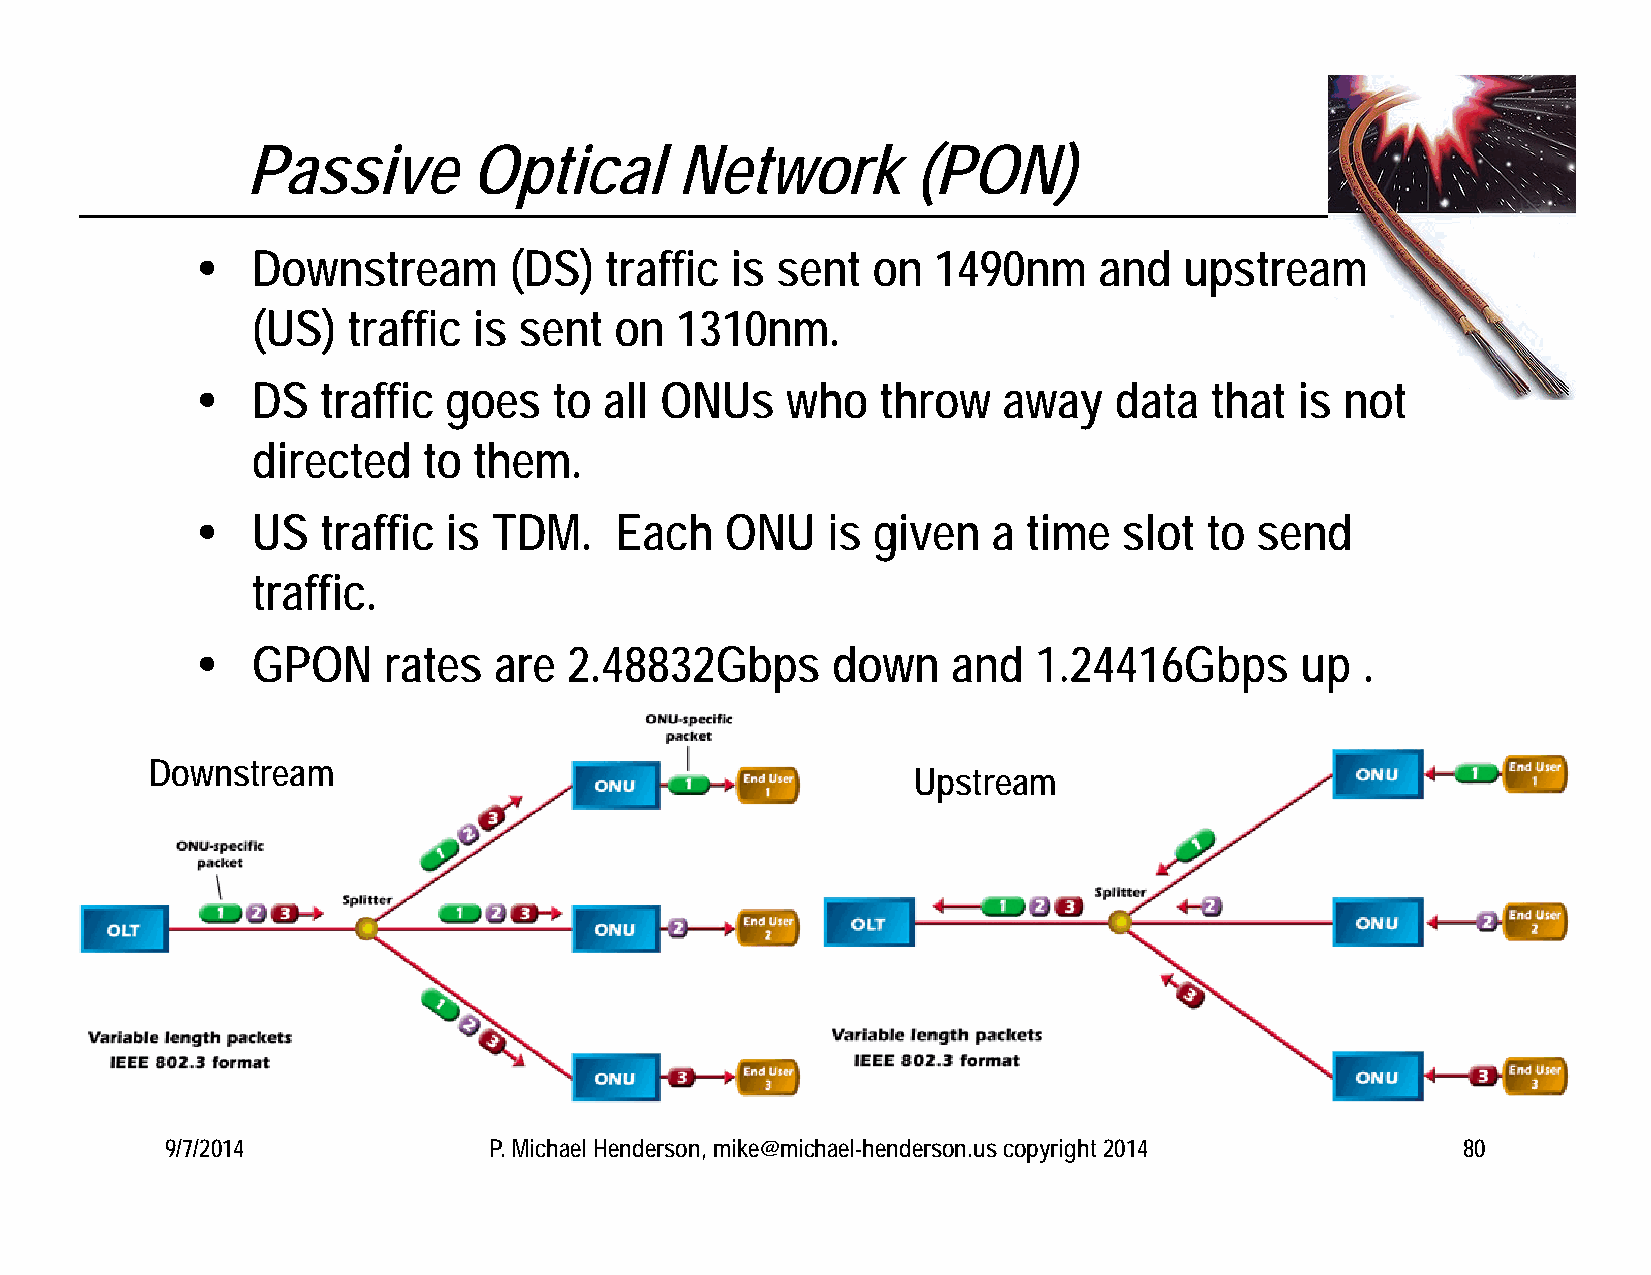
Passive        Optical       Network         (PON)
    Downstream       (DS)  traffic is sent   on  1490nm     and  upstream
 (US)  traffic is sent   on  1310nm.
    DS  traffic goes    to all ONUs    who   throw   away    data  that  is not
 directed   to them.
    US  traffic  is TDM.    Each   ONU    is given   a time  slot  to send
 traffic.
    GPON    rates   are  2.48832Gbps      down    and   1.24416Gbps      up  .
 Downstream
 Upstream
 9/7/2014             P. Michael Henderson, mike@michael-henderson.us copyright 2014   80